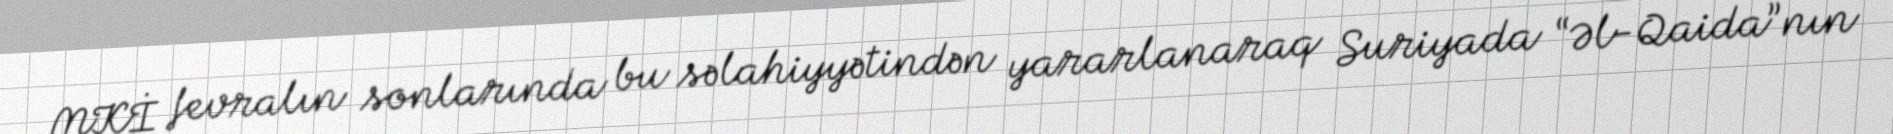
MKİ fevralın sonlarında bu səlahiyyətindən yararlanaraq Suriyada “Əl-Qaida”nın